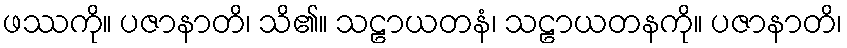
ဖဿကို။ ပဇာနာတိ၊ သိ၏။ သဠာယတနံ၊ သဠာယတနကို။ ပဇာနာတိ၊